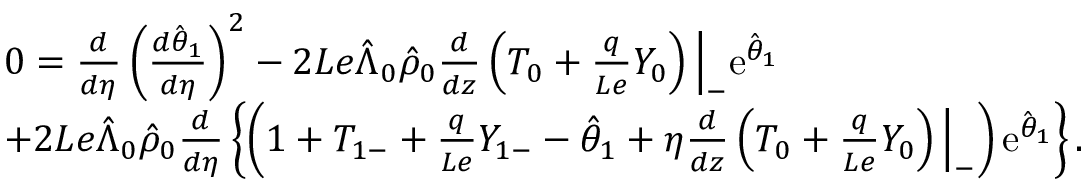
\begin{array} { r l } & { 0 = \frac { d } { d \eta } \left( \frac { d \hat { \theta } _ { 1 } } { d \eta } \right) ^ { 2 } - 2 L e \hat { \Lambda } _ { 0 } \hat { \rho } _ { 0 } \frac { d } { d z } \left( { T } _ { 0 } + \frac { q } { L e } { Y } _ { 0 } \right) \Big | _ { - } \mathrm { e } ^ { \hat { \theta } _ { 1 } } } \\ & { + 2 L e \hat { \Lambda } _ { 0 } \hat { \rho } _ { 0 } \frac { d } { d \eta } \left\{ \left( 1 + { T } _ { 1 - } + \frac { q } { L e } { Y } _ { 1 - } - \hat { \theta } _ { 1 } + \eta \frac { d } { d z } \left( { T } _ { 0 } + \frac { q } { L e } { Y } _ { 0 } \right) \Big | _ { - } \right) \mathrm { e } ^ { \hat { \theta } _ { 1 } } \right\} . } \end{array}